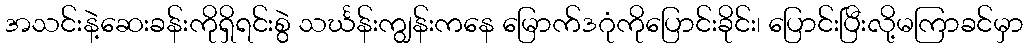
အသင်းနဲ့ဆေးခန်းကိုရှိရင်းစွဲ သင်္ဃန်းကျွန်းကနေ မြောက်ဒဂုံကိုပြောင်းခိုင်း၊ ပြောင်းပြီးလို့မကြာခင်မှာ